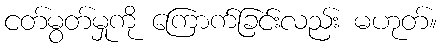
ငတ်မွတ်မှုကို ကြောက်ခြင်းလည်း မဟုတ်။